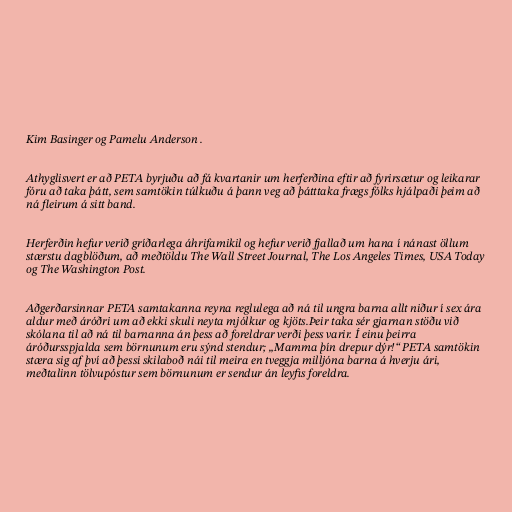
Kim Basinger og Pamelu Anderson .

Athyglisvert er að PETA byrjuðu að fá kvartanir um herferðina eftir að fyrirsætur og leikarar
fóru að taka þátt, sem samtökin túlkuðu á þann veg að þátttaka frægs fólks hjálpaði þeim að
ná fleirum á sitt band.

Herferðin hefur verið gríðarlega áhrifamikil og hefur verið fjallað um hana í nánast öllum
stærstu dagblöðum, að meðtöldu The Wall Street Journal, The Los Angeles Times, USA Today
og The Washington Post.

Aðgerðarsinnar PETA samtakanna reyna reglulega að ná til ungra barna allt niður í sex ára
aldur með áróðri um að ekki skuli neyta mjólkur og kjöts.Þeir taka sér gjarnan stöðu við
skólana til að ná til barnanna án þess að foreldrar verði þess varir. Í einu þeirra
áróðursspjalda sem börnunum eru sýnd stendur; „Mamma þín drepur dýr!“ PETA samtökin
stæra sig af því að þessi skilaboð nái til meira en tveggja milljóna barna á hverju ári,
meðtalinn tölvupóstur sem börnunum er sendur án leyfis foreldra.